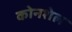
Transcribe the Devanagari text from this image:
कोनशेल